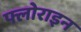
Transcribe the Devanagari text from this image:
फ्लोराइन